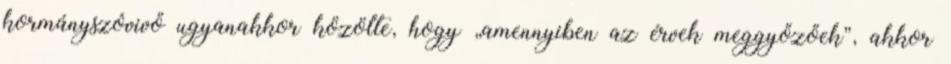
kormányszóvivő ugyanakkor közölte, hogy „amennyiben az érvek meggyőzőek”, akkor